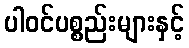
ပါဝင်ပစ္စည်းများနှင့်